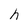
Character: h